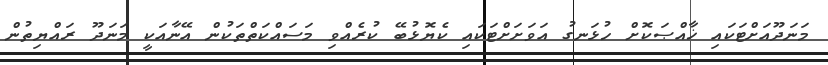
މަނަދޫއަށްޓަކައި ޚާއްޞަކޮށް ހުޅަނގު އަވަށަށްޓަކައި ކެޔޮޅުބޭ ކުރެއްވި މަސައްކަތްތަކުން އޭނާއަކީ މަނަދޫ ރައްޔިތުން